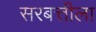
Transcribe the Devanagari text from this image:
सरबत्तीला